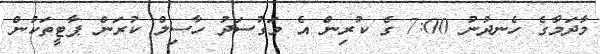
މާދަމާގެ ހެނދުނު 7:00 ގެ ކުރިން އެ މަގުސަދު ހާސިލް ކުރަން ޕާޓީތަކުން